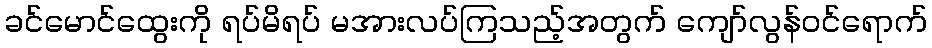
ခင်မောင်ထွေးကို ရပ်မိရပ် မအားလပ်ကြသည့်အတွက် ကျော်လွန်ဝင်ရောက်